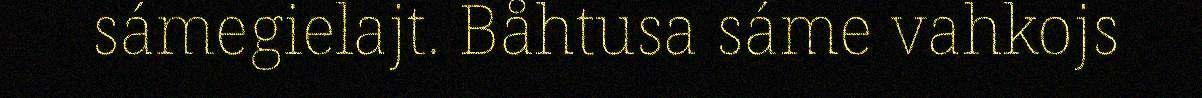
sámegielajt. Båhtusa sáme vahkojs